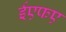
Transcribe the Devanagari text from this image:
ईएफए